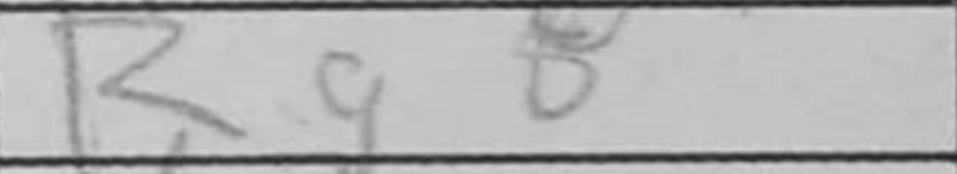
Transcription: Rg8